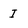
Character: I